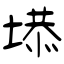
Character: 塨